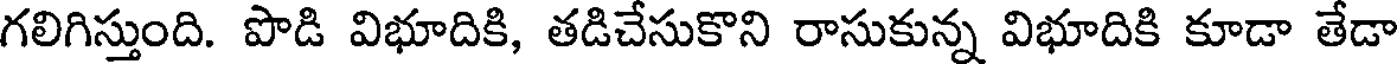
గలిగిస్తుంది. పొడి విభూదికి, తడిచేసుకొని రాసుకున్న విభూదికి కూడా తేడా